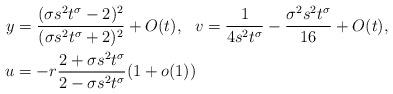
LaTeX: \begin{align*} y&=\frac{(\sigma s^2t^{\sigma}-2)^2}{(\sigma s^2t^{\sigma}+2)^2}+O(t),~~v=\frac{1}{4s^2t^{\sigma}}-\frac{\sigma^{2} s^2t^{\sigma}}{16}+O(t),\\u&=-r\frac{2+\sigma s^2t^{\sigma}}{2-\sigma s^2t^{\sigma}}(1+o(1)) \end{align*}